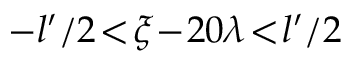
- l ^ { \prime } / 2 \! < \! \xi \! - \! 2 0 \lambda \! < \! l ^ { \prime } / 2